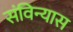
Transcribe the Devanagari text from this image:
संविन्यास